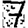
Digit: 7